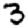
Digit: 3